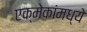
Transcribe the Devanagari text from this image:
एक्मेकांमध्ये